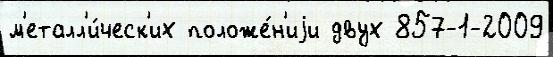
м'еталл'и́ческ'их положе́н'иjи двух 857-1-2009